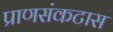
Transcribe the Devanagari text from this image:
प्राणसंकटास